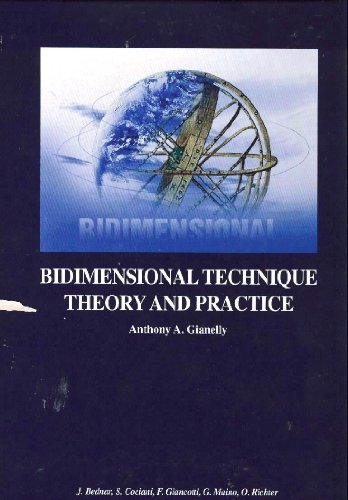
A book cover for Bidimensional Technique Theory and Practice; Anthony A. Gianelly; Medical Books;